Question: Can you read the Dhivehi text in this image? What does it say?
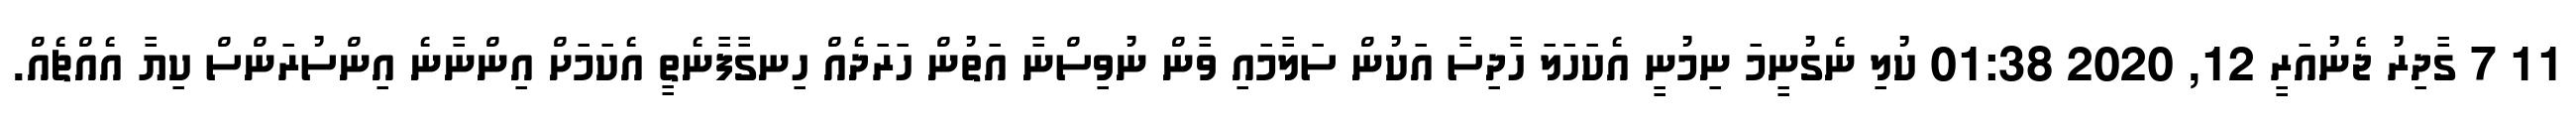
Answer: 11 7 ގާދިރު ޖެނުއަރީ 12, 2020 01:38 ކުލި ނެގުނީމަ ނިމުނީ އެކަހަލަ ހާދިސާ އަކުން ސަލާމައި ވާން ނުވިސްނާ އަތުން ހަރަދެއް ހިނގާފާނެތީ އެކަމަށް އިންނާނެ އިންސުރަންސް ކިޔާ އެއްޗެއް.